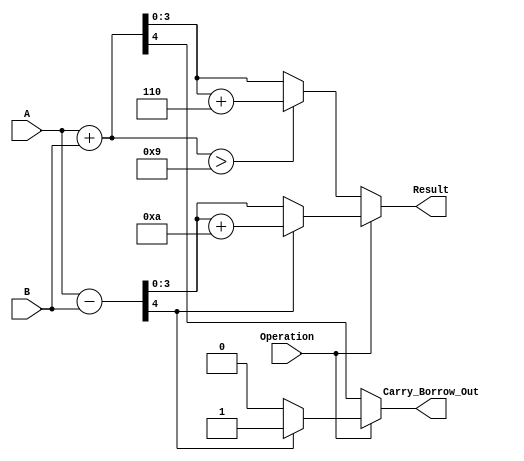
module BCD_Add_Subtracter (
    input wire [3:0] A,          // First BCD operand (0 to 9)
    input wire [3:0] B,          // Second BCD operand (0 to 9)
    input wire Operation,         // Control signal (0: add, 1: subtract)
    output reg [3:0] Result,      // BCD Result (0 to 9)
    output reg Carry_Borrow_Out    // Carry out for addition or borrow out for subtraction
);

    // Intermediate signals
    wire [4:0] sum;                // 5-bit sum for addition
    wire [4:0] difference;          // 5-bit difference for subtraction
    wire adjustment;                // Indicate if adjustment is needed
    wire [3:0] adjusted_result;     // Adjusted result after correction
    
    // Addition logic
    assign sum = A + B;            // Perform addition
    assign adjustment = sum > 9;    // Check for BCD adjustment (if sum exceeds 9)
    
    // Subtraction logic
    assign difference = A - B;      // Perform subtraction
    
    // BCD Addition
    always @(*) begin
        if (Operation == 1'b0) begin // When operation is addition
            Result = sum[3:0];        // Take lower 4 bits of sum
            Carry_Borrow_Out = sum[4]; // Carry out if there's an overflow
            
            // Adjust for BCD if required
            if (adjustment) begin
                Result = Result + 4'b0110; // Adjust by adding 6
                Carry_Borrow_Out = (sum[4] == 1'b1); // Carry out if result needs adjustment
            end
        end
        else begin // When operation is subtraction
            Result = difference[3:0];     // Take lower 4 bits of difference
            
            // Adjust for BCD in case of negative result
            if (difference[4] == 1'b1) begin // Check if there was a borrow
                Result = Result + 4'b1010; // Adjust by adding 10
                Carry_Borrow_Out = 1'b1;    // Set borrow out
            end
            else begin
                Carry_Borrow_Out = 1'b0;    // No borrow
            end
        end
    end

endmodule